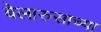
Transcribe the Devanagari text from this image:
बेलारुसाच्या